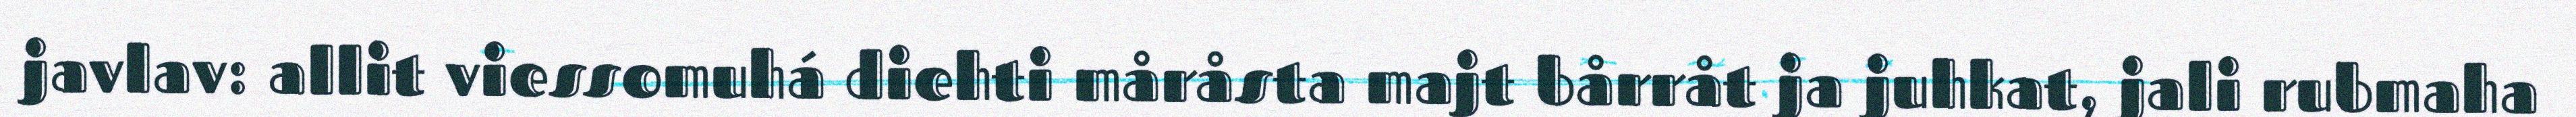
javlav: allit viessomuhá diehti måråsta majt bårråt ja juhkat, jali rubmaha